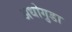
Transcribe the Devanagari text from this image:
अधोगुडा